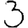
Digit: 3